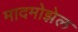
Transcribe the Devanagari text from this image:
मादमोझेल